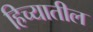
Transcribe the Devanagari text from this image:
हिच्यातील